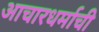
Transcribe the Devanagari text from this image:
आचारधर्माची